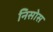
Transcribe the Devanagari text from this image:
निसोस